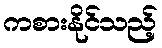
ကစားနိုင်သည့်